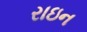
રાઇન